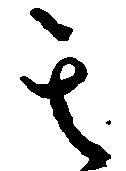
其